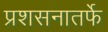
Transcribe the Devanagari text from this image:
प्रशसनातर्फे